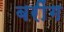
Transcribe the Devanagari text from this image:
बरींग